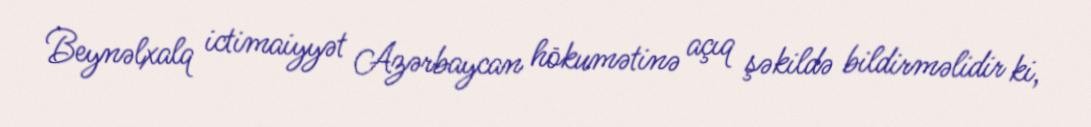
Beynəlxalq ictimaiyyət Azərbaycan hökumətinə açıq şəkildə bildirməlidir ki,